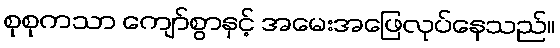
စုစုကသာ ကျော်စွာနှင့် အမေးအဖြေလုပ်နေသည်။